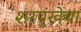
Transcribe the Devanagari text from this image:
शरपुंखेचा